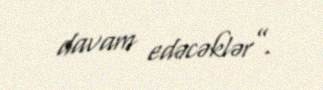
davam edəcəklər”.